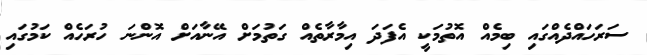
ސަރަހައްދެއްގައި ބިމެއް އޮތުމަކީ އެފަދަ އިމާރާތެއް ގަތުމަށް އޭނާއަށް އޮންނަ ހުރަހެއް ކަމުގައި